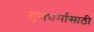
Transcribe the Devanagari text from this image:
गुणधर्मासाठी